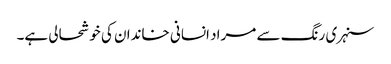
سنہری رنگ سے مراد انسانی خاندان کی خوشحالی ہے۔